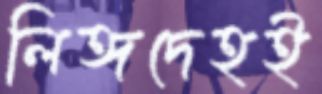
লিঙ্গদেহই